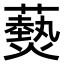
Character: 𤑔